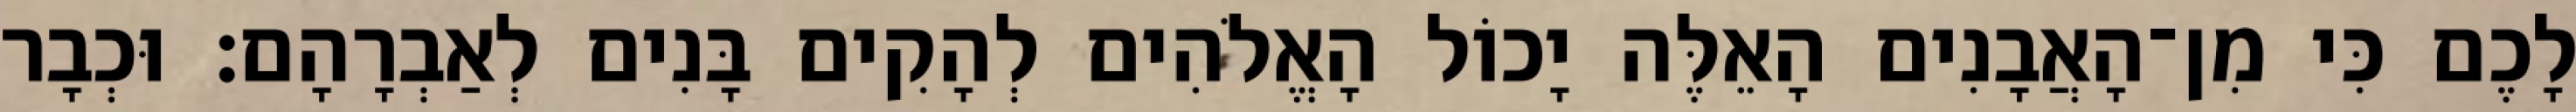
לָכֶם כִּי מִן־הָאֲבָנִים הָאֵלֶּה יָכוֹל הָאֱלֹהִים לְהָקִים בָּנִים לְאַבְרָהָם׃ וּכְבָר